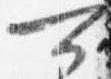
可